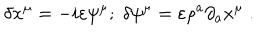
\delta x ^ { \mu } = - i \varepsilon \psi ^ { \mu } ; \; \delta \psi ^ { \mu } = \varepsilon \rho ^ { a } \partial _ { a } x ^ { \mu } \; .